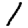
Digit: 1